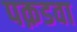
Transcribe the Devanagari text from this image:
पक़डवा